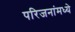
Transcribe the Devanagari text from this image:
परिजनांमध्ये